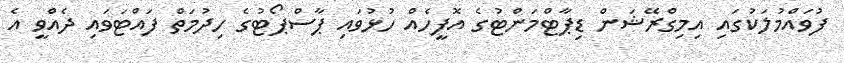
ފުވައްމުލަކުގައި އިމިގްރޭޝަން ޑިޕާޓްމަންޓުގެ އޮފީހެއް ހުޅުވައި ޕާސްޕޯޓުގެ ހިދުމަތް ފައްޓަވައި ދެއްވީ އެ